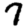
Digit: 7